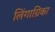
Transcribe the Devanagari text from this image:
लिंगाग्रिका